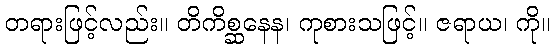
တရားဖြင့်လည်း။ တိကိစ္ဆနေန၊ ကုစားသဖြင့်။ ဇရာယ၊ ကို။